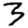
Digit: 3